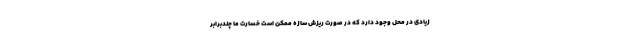
زیادی در محل وجود دارد که در صورت ریزش سازه ممکن است خسارت ما چندبرابر